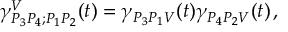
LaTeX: \gamma _ { P _ { 3 } P _ { 4 } ; P _ { 1 } P _ { 2 } } ^ { V } ( t ) = \gamma _ { P _ { 3 } P _ { 1 } V } ( t ) \gamma _ { P _ { 4 } P _ { 2 } V } ( t ) \, ,